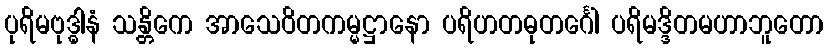
ပုရိမဗုဒ္ဓါနံ သန္တိကေ အာသေဝိတကမ္မဋ္ဌာနော ပရိဟတဓုတင်္ဂေါ ပရိမဒ္ဒိတမဟာဘူတော